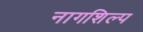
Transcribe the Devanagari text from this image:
नागशिल्प